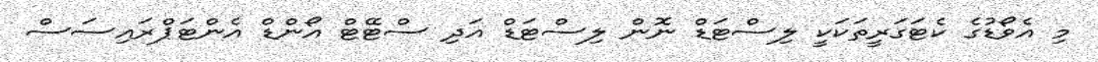
މި އެވޯޑުގެ ކެޓަގަރީތަކަކީ ލިސްޓަޑް ނޮން ލިސްޓަޑް އަދި ސްޓޭޓް އޯންޑް އެންޓަޕްރައިސަސް